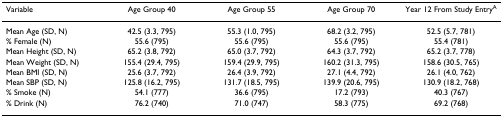
<table><thead><tr><td><b>Variable</b></td><td><b>Age Group 40</b></td><td><b>Age Group 55</b></td><td><b>Age Group 70</b></td><td><b>Year 12 From Study Entry<sup>A</sup></b></td></tr></thead><tbody><tr><td>Mean Age (SD, N)</td><td>42.5 (3.3, 795)</td><td>55.3 (1.0, 795)</td><td>68.2 (3.2, 795)</td><td>52.5 (5.7, 781)</td></tr><tr><td>% Female (N)</td><td>55.6 (795)</td><td>55.6 (795)</td><td>55.6 (795)</td><td>55.4 (781)</td></tr><tr><td>Mean Height (SD, N)</td><td>65.2 (3.8, 792)</td><td>65.0 (3.7, 792)</td><td>64.3 (3.7, 792)</td><td>65.2 (3.7, 778)</td></tr><tr><td>Mean Weight (SD, N)</td><td>155.4 (29.4, 795)</td><td>159.4 (29.9, 795)</td><td>160.2 (31.3, 795)</td><td>158.6 (30.5, 765)</td></tr><tr><td>Mean BMI (SD, N)</td><td>25.6 (3.7, 792)</td><td>26.4 (3.9, 792)</td><td>27.1 (4.4, 792)</td><td>26.1 (4.0, 762)</td></tr><tr><td>Mean SBP (SD, N)</td><td>125.8 (16.2, 795)</td><td>131.7 (18.5, 795)</td><td>139.9 (20.6, 795)</td><td>130.9 (18.2, 768)</td></tr><tr><td>% Smoke (N)</td><td>54.1 (777)</td><td>36.6 (795)</td><td>17.2 (793)</td><td>40.3 (767)</td></tr><tr><td>% Drink (N)</td><td>76.2 (740)</td><td>71.0 (747)</td><td>58.3 (775)</td><td>69.2 (768)</td></tr></tbody></table>